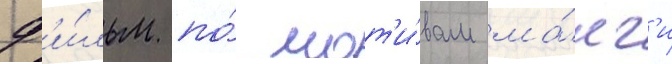
ф'и́льм по́ мот'и́вам ма́нг'и